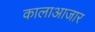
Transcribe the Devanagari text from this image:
कालाआजार